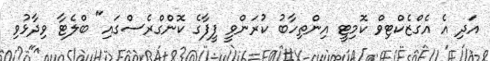
އަދި އެ އެގްޒެކްޓިވް ކޮމިޓީ އިންތިހާބު ކުރަންވީ ފީފާގެ ކޮންގްރެސްގައި" ބްލެޓާ ވިދާޅުވި